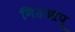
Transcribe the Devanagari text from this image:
निउआपू